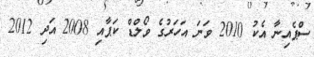
ސްޕެއިނާ އެކު 2010 ވަނަ އަހަރުގެ ވޯލްޑް ކަޕާއި 2008 އަދި 2012